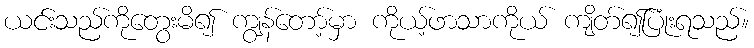
ယင်းသည်ကိုတွေးမိ၍ ကျွန်တော့်မှာ ကိုယ့်ဖာသာကိုယ် ကျိတ်၍ပြုံးရသည်။